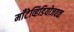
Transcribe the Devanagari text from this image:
माँटेव्हिडियोजवळ